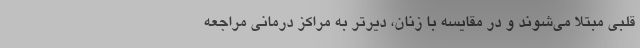
قلبی مبتلا می‌شوند و در مقایسه با زنان، دیرتر به مراکز درمانی مراجعه